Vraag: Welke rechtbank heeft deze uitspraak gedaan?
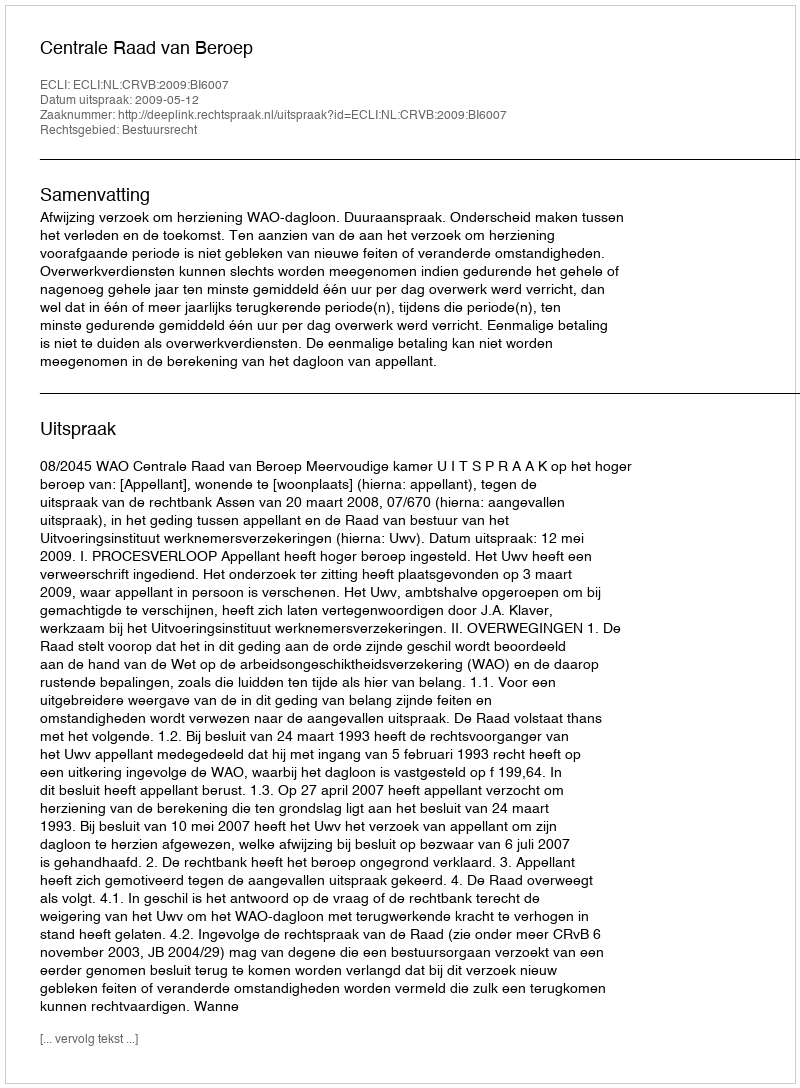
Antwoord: Centrale Raad van Beroep